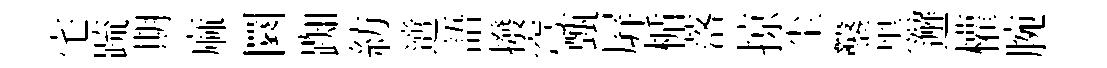
宅䟽期麻圜踟紡𨗁語撥穹甄屛楯落掠尘鑿黑邂權腕